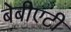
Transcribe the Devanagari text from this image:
बेबीएटी